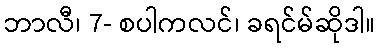
ဘာလီ၊ 7- စပါကလင်၊ ခရင်မ်ဆိုဒါ။